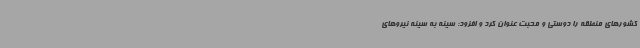
کشورهای منطقه را دوستی و محبت عنوان کرد و افزود: سینه به سینه نیروهای